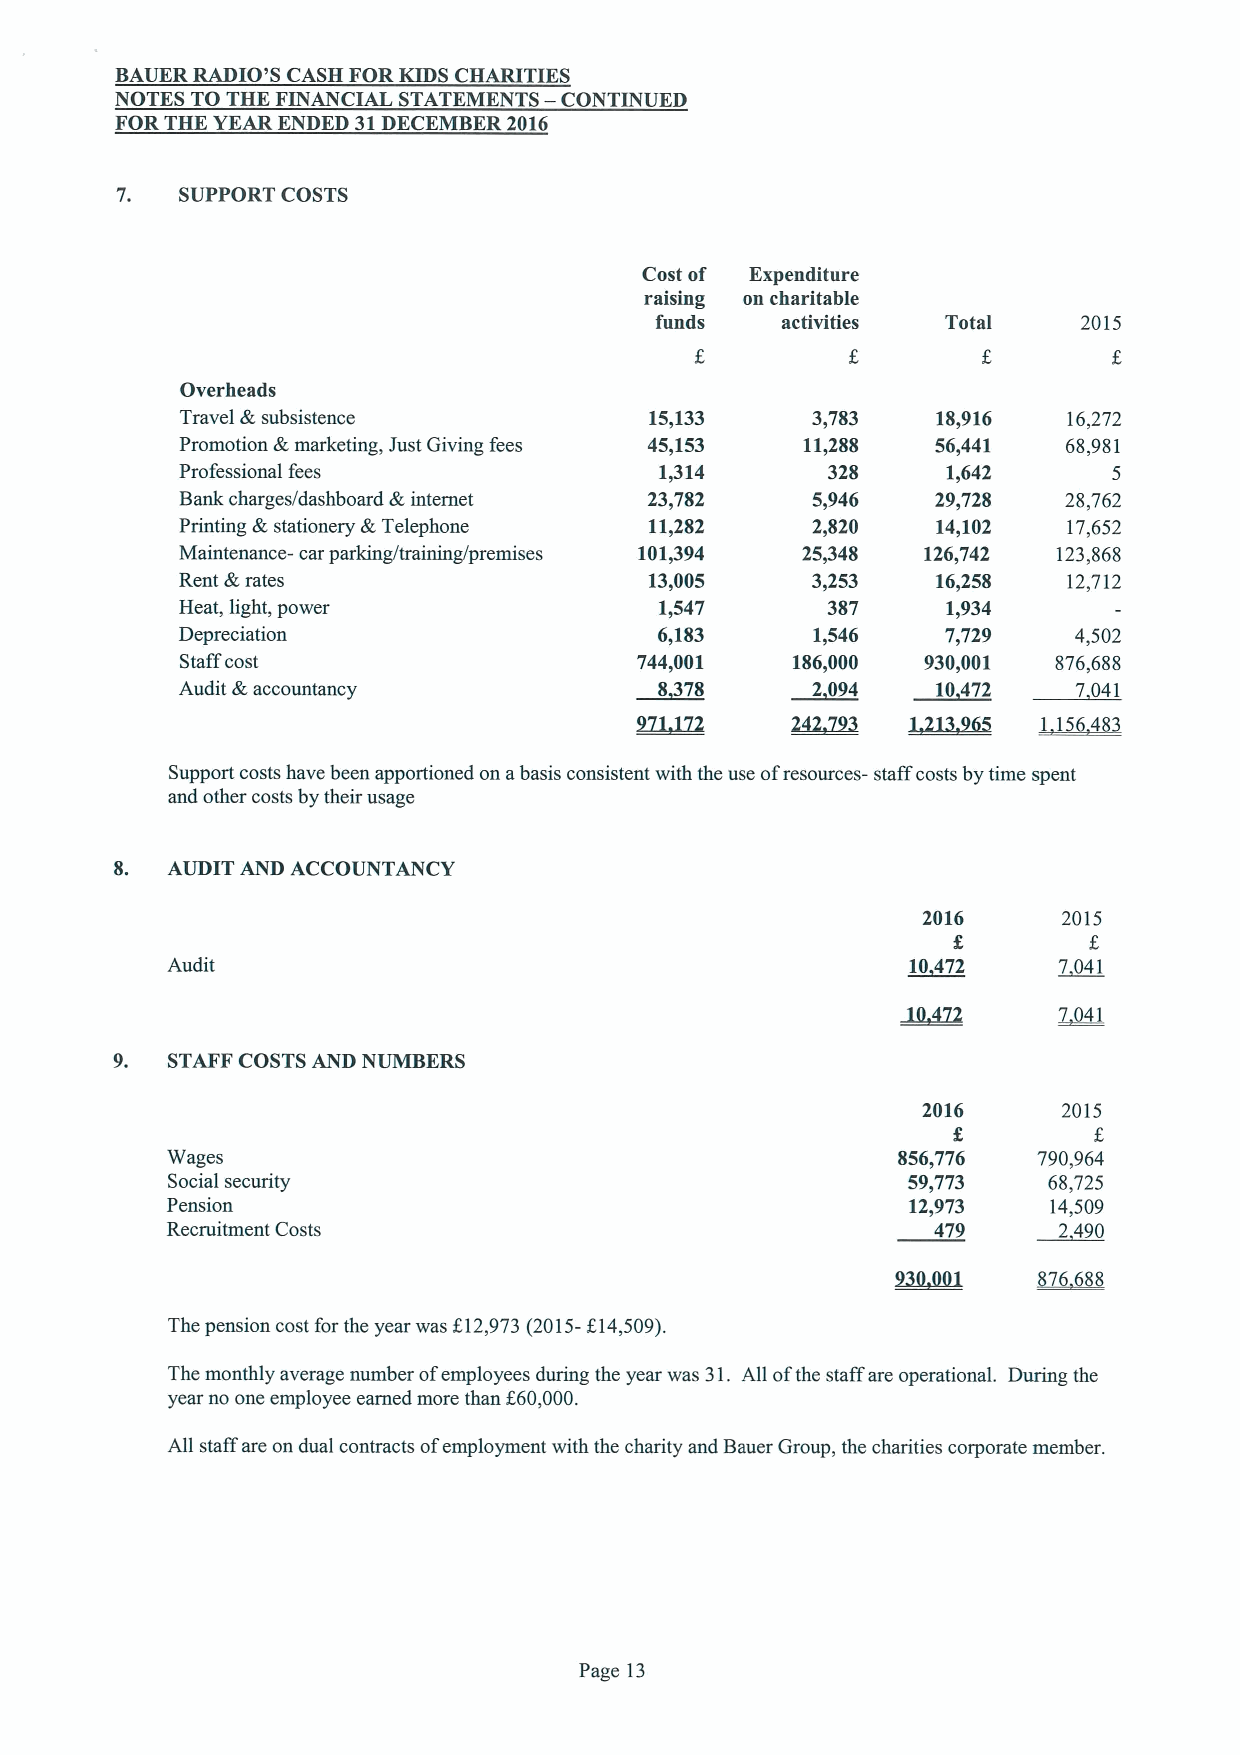
BAUER RADIO'S CASH FORKIDS CHARITIES
 NOTES TO THE FINANCIAL STATEMENTS — CONTINUED
 FORTHE YEAR ENDED 31DECEMBER2016
 7.  SUPPORT COSTS
 Cost of Expenditure
 raising on charitable
 funds    activities Total    2015
 Overheads
 Travel &subsistence            15,133     3,783   18,916   16,272
 Promotion &marketing, Just Giving fees 45,153 11,288 56,441 68,981
 Professional fees               1,314      328     1,642      5
 Bank charges/dashboard &internet 23,782   5,946   29,728   28,762
 Printing &stationery &Telephone 11,282    2,820   14,102   17,652
 Maintenance- car parking/training/premises 101,394 25,348 126,742 123,868
 Rent &rates                    13,005     3,253   16,258   12,712
 Heat, light, power              1,547      387     1,934
 Depreciation                    6,183     1,546    7,729   4,502
 Staffcost                     744,001   186,000  930,001  876,688
 Audit &accountancy              8378      2 094   10472    7041
 24~93   1,223~8  ~ll 6483
 Support costs have been apportioned on abasis consistent with the use ofresources- staff costs by time spent
 and other costs by their usage
 8. AUDIT AND ACCOUNTANCY
 2016     2015
 Audit                                            ~10472    7041
 7041
 9. STAFF COSTSAND NUMBERS
 2016     2015
 f.
 Wages                                           856,776   790,964
 Social security                                  59,773   68,725
 Pension                                          12,973    14,509
 Recruitment Costs                                  479     2490
 The pension cost for the year was f12,973(2015-f,14,509).
 The monthly average number ofemployees during the year was 31. All ofthe staff are operational. During the
 year no one employee earned more than 560,000.
 All staff are on dual contracts ofemployment with the charity and Bauer Group, the charities corporate member.
 Page 13